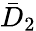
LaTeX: {\bar{D}_{2}}